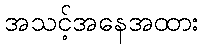
အသင့်အနေအထား